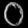
Digit: ၀